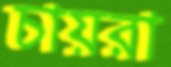
চায়রা